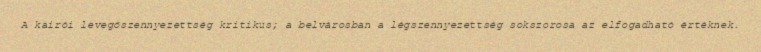
A kairói levegőszennyezettség kritikus; a belvárosban a légszennyezettség sokszorosa az elfogadható értéknek.